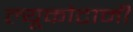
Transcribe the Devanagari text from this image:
ल्यूकोटामी